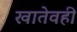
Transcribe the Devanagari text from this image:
खातेवही